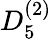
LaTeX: {D}_{5}^{(2)}